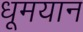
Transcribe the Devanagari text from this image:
धूमयान